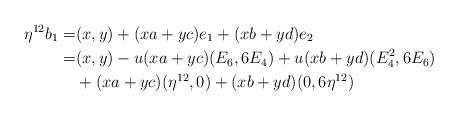
LaTeX: \begin{align*}\eta^{12}b_1= &(x,y) + (xa+yc)e_1+(xb+yd)e_2\\ =&(x,y) -u(xa+yc)(E_6,6E_4)+u(xb+yd)(E_4^2,6E_6)\\ & + (xa+yc)(\eta^{12},0)+(xb+yd)(0,6\eta^{12})\end{align*}